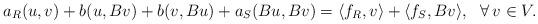
LaTeX: \begin{align*}a_R(u,v)+b(u,Bv)+b(v,Bu)+a_S(Bu,Bv)=\langle f_R,v\rangle+\langle f_S,Bv\rangle,\ \ \forall\,v\in V.\end{align*}